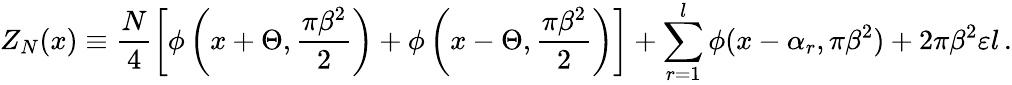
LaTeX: Z_{N}(x)\equiv\frac{N}{4}\left[\phi\left(x+\Theta,\frac{\pi\beta^{2}}{2}\right)+\phi\left(x-\Theta,\frac{\pi\beta^{2}}{2}\right)\right]+\sum_{r=1}^{l}\phi(x-\alpha_{r},\pi\beta^{2})+2\pi\beta^{2}\varepsilon l\, .